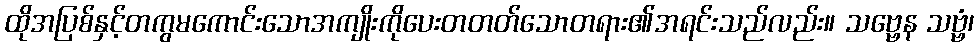
ထိုအပြစ်နှင့်တကွမကောင်းသောအကျိုးကိုပေးတတတ်သောတရား၏အရင်းသည်လည်း။ သဗ္ဗေန သဗ္ဗံ၊